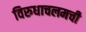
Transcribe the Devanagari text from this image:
विरुधाचलमची